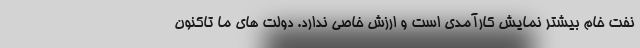
نفت خام بیشتر نمایش کارآمدی است و ارزش خاصی ندارد. دولت های ما تاکنون